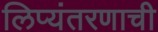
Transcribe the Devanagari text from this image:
लिप्यंतरणाची